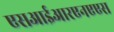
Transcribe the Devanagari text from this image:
एसआईआरएनएएस